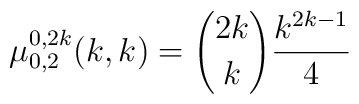
\mu^{0,2k}_{0,2}(k,k) = {2k \choose k} {k^{2k-1}\over 4}